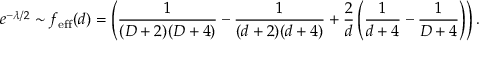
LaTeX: e ^ { - \lambda / 2 } \sim f _ { \mathrm { e f f } } ( d ) = \left( { \frac { 1 } { ( D + 2 ) ( D + 4 ) } } - { \frac { 1 } { ( d + 2 ) ( d + 4 ) } } + { \frac { 2 } { d } } \left( { \frac { 1 } { d + 4 } } - { \frac { 1 } { D + 4 } } \right) \right) .